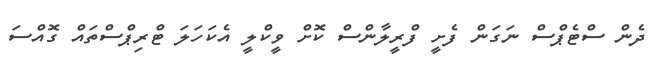
ދެން ސްޓެޕްސް ނަގަން ފެށީ ފްރީލާންސް ކޮށް ވީކްލީ އެކަހަލަ ޓްރިޕްސްތައް ގޮއްސަ